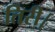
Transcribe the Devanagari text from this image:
तिरी।